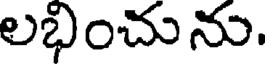
లభించును.